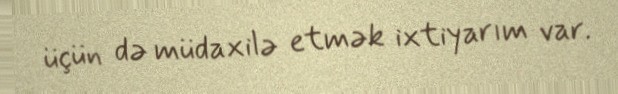
üçün də müdaxilə etmək ixtiyarım var.